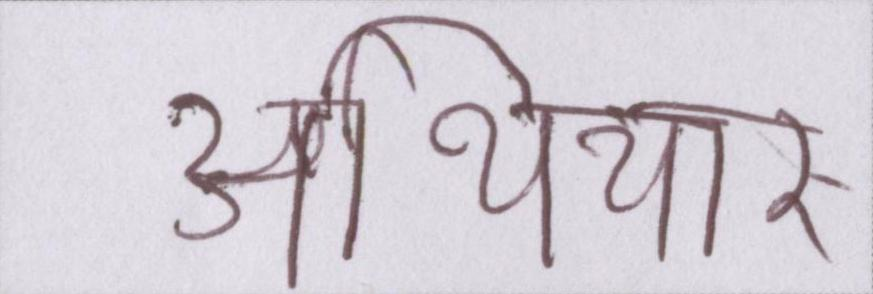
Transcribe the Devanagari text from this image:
अथियार